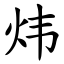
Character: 炜